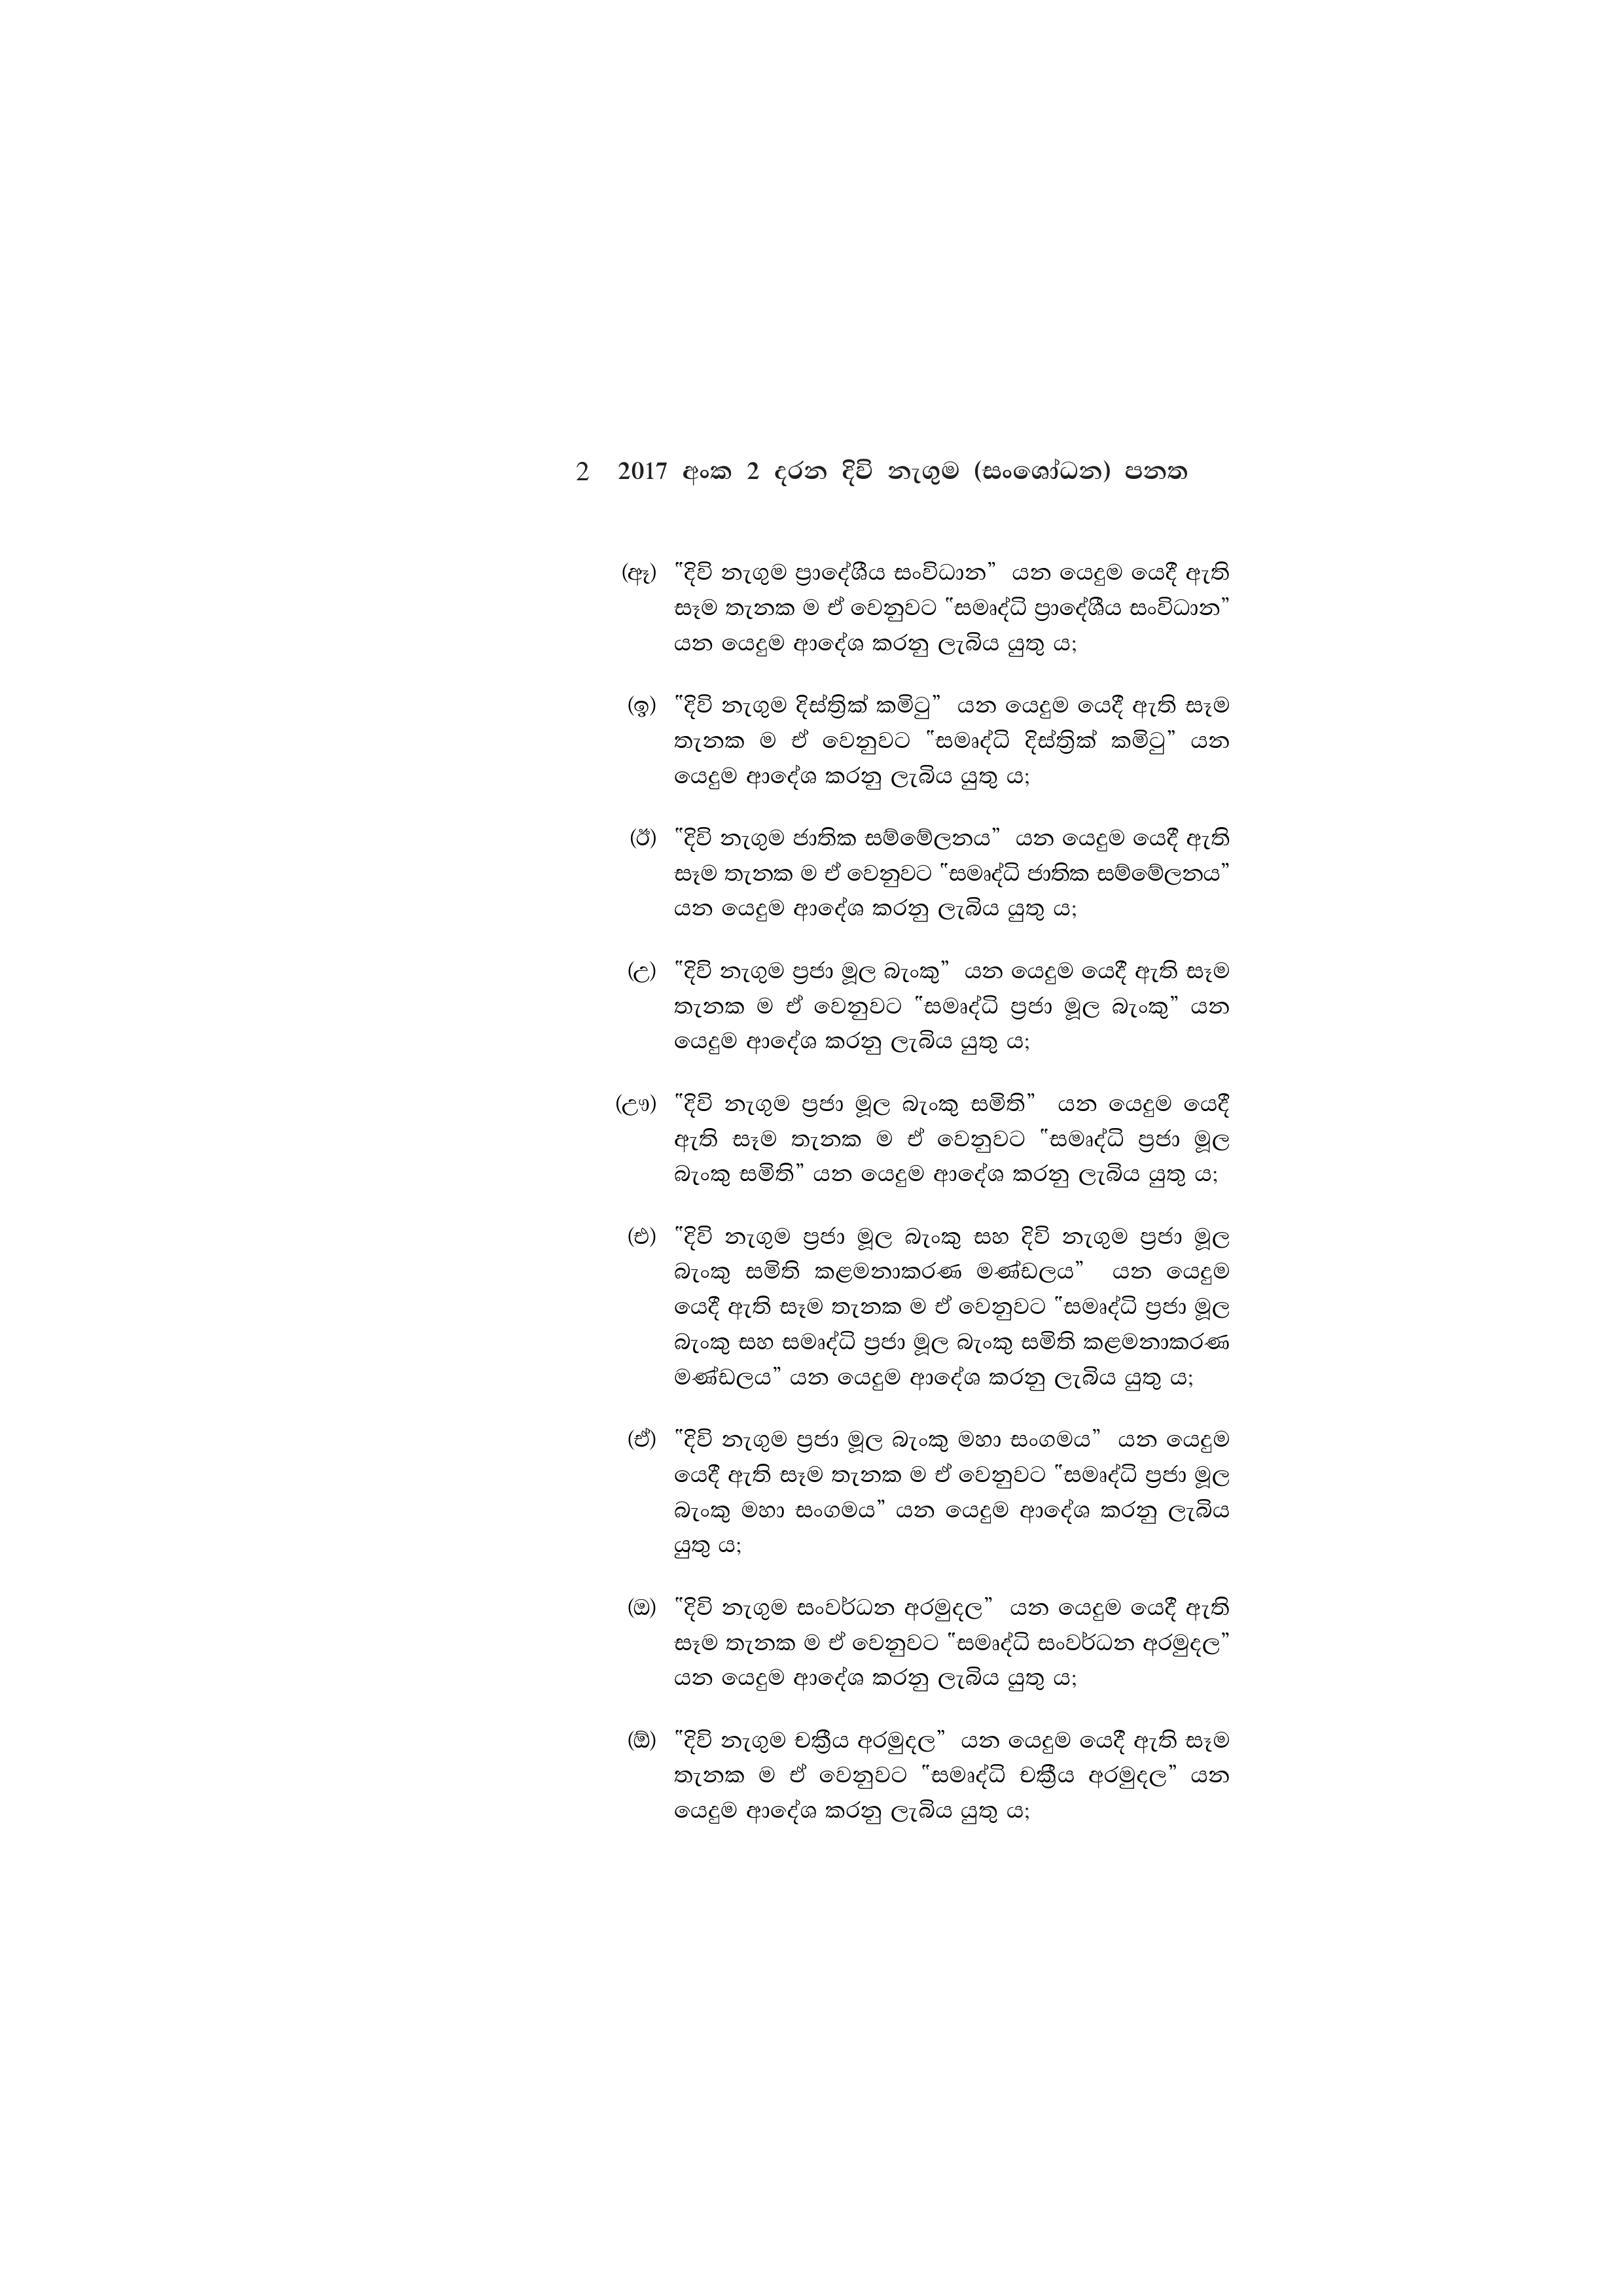
2 2017 අංක 2 දරන දිවි නැගුම (සංශෝධන) පනත

(ඈ) "දිවි නැගුම ප්‍රාදේශීය සංවිධාන” යන යෙදුම යෙදී ඇති
සෑම තැනක ම ඒ වෙනුවට "සමෘද්ධි ප්‍රාදේශීය සංවිධාන”
යන යෙදුම ආදේශ කරනු ලැබිය යුතු ය;

(ඉ) "දිවි නැගුම දිස්ත්‍රික් කමිටු” යන යෙදුම යෙදී ඇති සෑම
තැනක ම ඒ වෙනුවට "සමෘද්ධි දිස්ත්‍රික් කමිටු” යන
යෙදුම ආදේශ කරනු ලැබිය යුතු ය;

(ඊ) "දිවි නැගුම ජාතික සම්මේලනය” යන යෙදුම යෙදී ඇති
සෑම තැනක ම ඒ වෙනුවට "සමෘද්ධි ජාතික සම්මේලනය”
යන යෙදුම ආදේශ කරනු ලැබිය යුතු ය;

(උ) "දිවි නැගුම ප්‍රජා මූල බැංකු” යන යෙදුම යෙදී ඇති සෑම
තැනක ම ඒ වෙනුවට "සමෘද්ධි ප්‍රජා මූල බැංකු” යන
යෙදුම ආදේශ කරනු ලැබිය යුතු ය;

(ඌ) "දිවි නැගුම ප්‍රජා මූල බැංකු සමිති” යන යෙදුම යෙදී
ඇති සෑම තැනක ම ඒ වෙනුවට "සමෘද්ධි ප්‍රජා මූල
බැංකු සමිති” යන යෙදුම ආදේශ කරනු ලැබිය යුතු ය;

(එ) "දිවි නැගුම ප්‍රජා මූල බැංකු සහ දිවි නැගුම ප්‍රජා මූල
බැංකු සමිති කළමනාකරණ මණ්ඩලය” යන යෙදුම
යෙදී ඇති සෑම තැනක ම ඒ වෙනුවට "සමෘද්ධි ප්‍රජා මූල
බැංකු සහ සමෘද්ධි ප්‍රජා මූල බැංකු සමිති කළමනාකරණ
මණ්ඩලය” යන යෙදුම ආදේශ කරනු ලැබිය යුතු ය;

(ඒ) "දිවි නැගුම ප්‍රජා මූල බැංකු මහා සංගමය” යන යෙදුම
යෙදී ඇති සෑම තැනක ම ඒ වෙනුවට "සමෘද්ධි ප්‍රජා මූල
බැංකු මහා සංගමය” යන යෙදුම ආදේශ කරනු ලැබිය
යුතු ය;

(ඔ) "දිවි නැගුම සංවර්ධන අරමුදල” යන යෙදුම යෙදී ඇති
සෑම තැනක ම ඒ වෙනුවට "සමෘද්ධි සංවර්ධන අරමුදල”
යන යෙදුම ආදේශ කරනු ලැබිය යුතු ය;

(ඕ) "දිවි නැගුම චක්‍රීය අරමුදල” යන යෙදුම යෙදී ඇති සෑම
තැනක ම ඒ වෙනුවට ˝සමෘද්ධි චක්‍රීය අරමුදල” යන
යෙදුම ආදේශ කරනු ලැබිය යුතු ය;